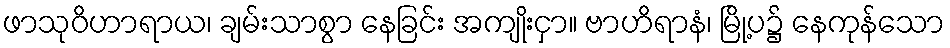
ဖာသုဝိဟာရာယ၊ ချမ်းသာစွာ နေခြင်း အကျိုးငှာ။ ဗာဟိရာနံ၊ မြို့ပ၌ နေကုန်သော